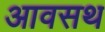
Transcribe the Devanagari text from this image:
आवसथ